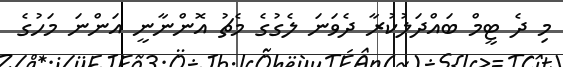
މި ދެ ޓީމް ބައްދަލުކުރާ ދެވަނަ ލެގުގެ މެޗު އޮންނާނީ އަންނަ މަހުގެ